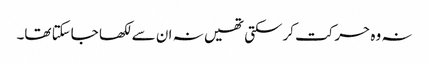
نہ وہ حرکت کرسکتی تھیں نہ ان سے لکھا جاسکتا تھا۔